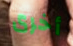
أخرى